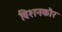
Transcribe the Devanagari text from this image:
बिशनकौर